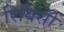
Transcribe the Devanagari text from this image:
रिबिसी